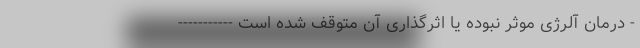
- درمان آلرژی موثر نبوده یا اثرگذاری آن متوقف شده است -----------